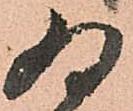
為